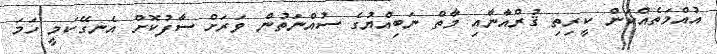
އުއްމަތެއްކަން ކީރިތި ޤުރްއާނާއި މާތް ނަބިއްޔުގެ ސުއްނަތުން ވަރަށް ސާފުކޮށް އެނގޭކަމީ ހަމަ